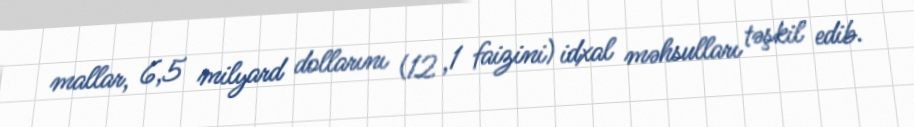
mallar, 6,5 milyard dollarını (12 ,1 faizini) idxal məhsulları təşkil edib.